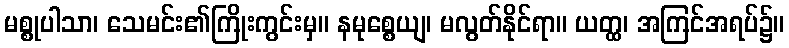
မစ္စုပါသာ၊ သေမင်း၏ကြိုးကွင်းမှ။ နမုစ္စေယျ၊ မလွတ်နိုင်ရာ။ ယတ္ထ၊ အကြင်အရပ်၌။